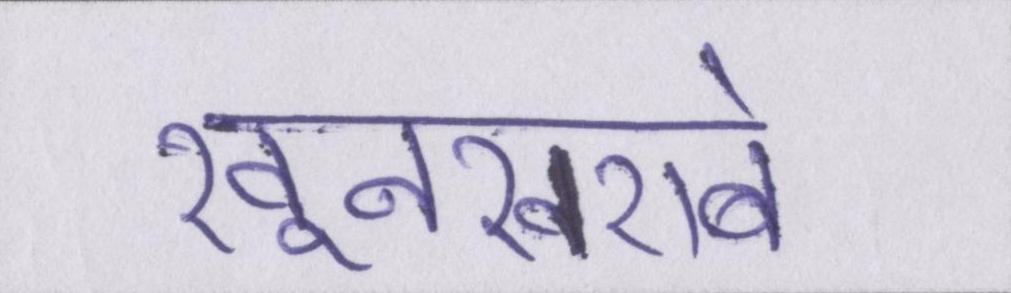
खूनखराबे